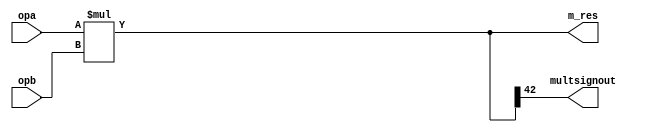
// USE_MULT = NONE to save power when using only adder/logic unit
// USE_MULT = MULTIPLY to use multipler
// USE_MULT = DYNAMIC for user switching between A*B and A:B operations on the fly and


module mult #(parameter A_WIDTH = 25, B_WIDTH = 18, RES_WIDTH = A_WIDTH + B_WIDTH, USE_MULT = "MULTIPLY") (

input [A_WIDTH-1:0]     opa,
input [B_WIDTH-1:0]     opb,
output                  multsignout,
output [RES_WIDTH-1:0]  m_res

);

assign m_res = (USE_MULT == "MULTIPLY") ? opa * opb : 'b0;
assign multsignout = m_res[RES_WIDTH-1];


endmodule